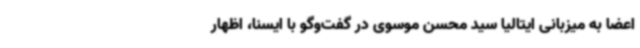
اعضا به میزبانی ایتالیا سید محسن موسوی در گفت‌وگو با ایسنا، اظهار